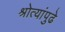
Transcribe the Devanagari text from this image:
श्रोत्यांपुढे